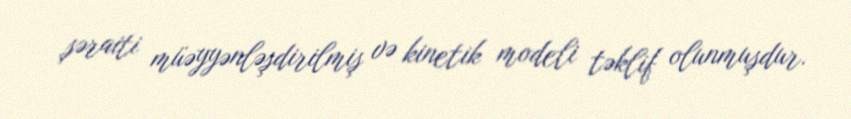
şəraiti müəyyənləşdirilmiş və kinetik modeli təklif olunmuşdur.